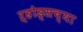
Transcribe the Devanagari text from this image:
ऱ्होड्सच्या